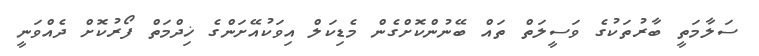
ސަލާމަތީ ބާރުތަކުގެ ވަސީލަތް ތައް ބޭނުންކޮށްގެން މެޑިކަލް އިވަކުއޭށަންގެ ޚިދްމަތް ފޯރުކޮށް ދެއްވަނީ